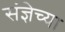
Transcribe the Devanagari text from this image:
संज्ञेच्या